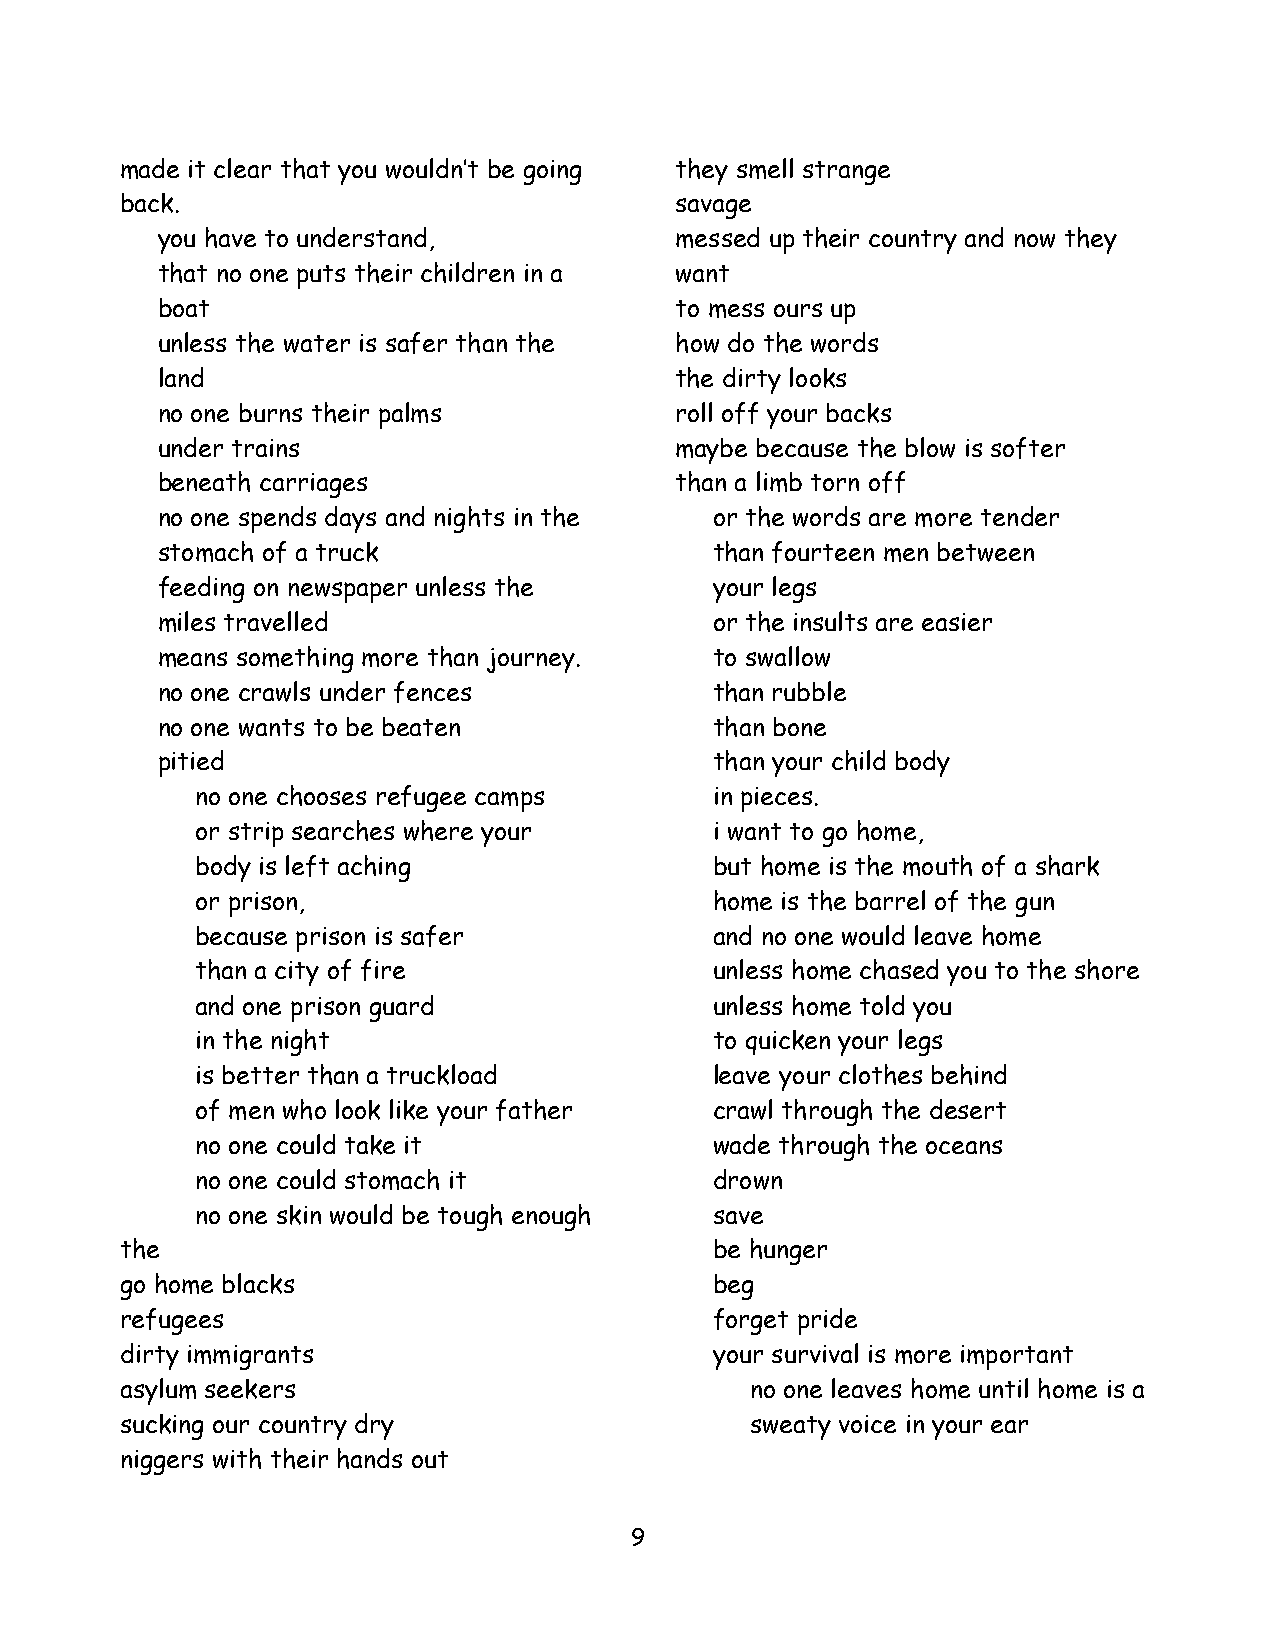
made it clear that you wouldn’t be going they smell strange
 back.                                savage
 you have to understand,            messed up their country and now they
 that no one puts their children in a want
 boat                               to mess ours up
 unless the water is safer than the how do the words
 land                               the dirty looks
 no one burns their palms           roll off your backs
 under trains                       maybe because the blow is softer
 beneath carriages                  than a limb torn off
 no one spends days and nights in the or the words are more tender
 stomach of a truck                   than fourteen men between
 feeding on newspaper unless the      your legs
 miles travelled                      or the insults are easier
 means something more than journey.   to swallow
 no one crawls under fences           than rubble
 no one wants to be beaten            than bone
 pitied                               than your child body
 no one chooses refugee camps      in pieces.
 or strip searches where your      i want to go home,
 body is left aching               but home is the mouth of a shark
 or prison,                        home is the barrel of the gun
 because prison is safer           and no one would leave home
 than a city of fire               unless home chased you to the shore
 and one prison guard              unless home told you
 in the night                      to quicken your legs
 is better than a truckload        leave your clothes behind
 of men who look like your father  crawl through the desert
 no one could take it              wade through the oceans
 no one could stomach it           drown
 no one skin would be tough enough save
 the                                    be hunger
 go home blacks                         beg
 refugees                               forget pride
 dirty immigrants                       your survival is more important
 asylum seekers                            no one leaves home until home is a
 sucking our country dry                   sweaty voice in your ear
 niggers with their hands out
 9